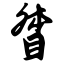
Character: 督